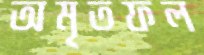
অমৃতফল